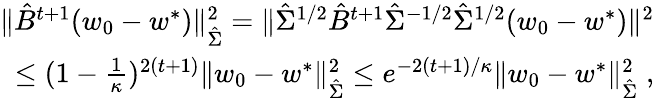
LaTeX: \begin{array}{r}{\| \hat{B}^{t+1}(w_{0}-w^{*})\| _{\hat{\Sigma}}^{2}=\| \hat{\Sigma}^{1/2}\hat{B}^{t+1}\hat{\Sigma}^{-1/2}\hat{\Sigma}^{1/2}(w_{0}-w^{*})\| ^{2}}\\ {\le(1-\frac{1}{\kappa})^{2(t+1)}\| w_{0}-w^{*}\| _{\hat{\Sigma}}^{2}\le e^{-2(t+1)/\kappa}\| w_{0}-w^{*}\| _{\hat{\Sigma}}^{2}\; ,}\end{array}